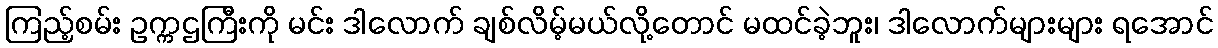
ကြည့်စမ်း ဥက္ကဌကြီးကို မင်း ဒါလောက် ချစ်လိမ့်မယ်လို့တောင် မထင်ခဲ့ဘူး၊ ဒါလောက်များများ ရအောင်